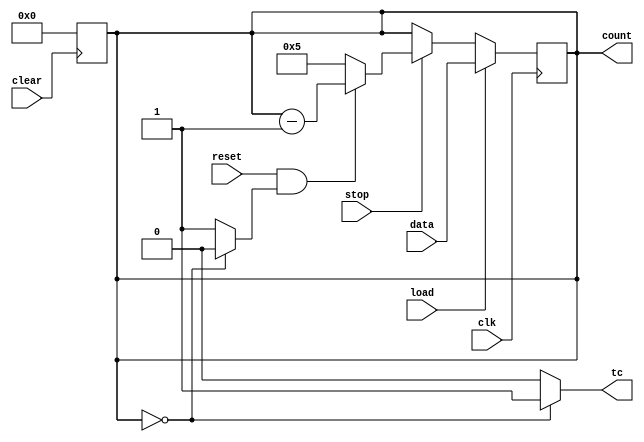
module contador_mod6(data, clk, load, reset, count, tc, stop, clear);
  
  input [3:0] data;
  input clk, load, reset, stop, clear;
  output [3:0] count;
  output tc;
  
  wire reset_comb;
  reg [3:0] reg_count;
  wire tc;
  
  assign count = reg_count;
  assign reset_comb = (reset & ((reg_count == 3'b000)? 1'b0 : 1'b1));
  assign tc = (reg_count == 3'b000)? 1'b1 : 1'b0;
  
  always @ (posedge clk) begin
    
    if (load)
      reg_count <= data;
    else
	    if (!stop)
	      reg_count <= reg_count;
	    else
	      if (!reset_comb)
	       	reg_count <= 3'b101;
	      else
	      	reg_count <= reg_count - 1'b1;
  end
  
  always @(negedge clear) begin
        if (!clear) begin
            reg_count <= 4'b0000;
        end
  end
  
endmodule